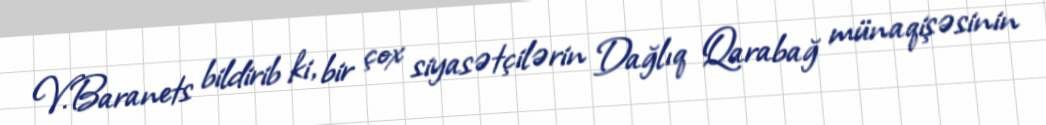
V.Baranets bildirib ki, bir çox siyasətçilərin Dağlıq Qarabağ münaqişəsinin